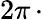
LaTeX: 2\pi\, \cdot